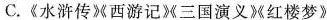
C.《水浒传减西游记》三国演义》红楼梦》